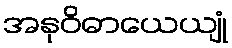
အနုဝိဓာယေယျုံ